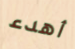
أهدء